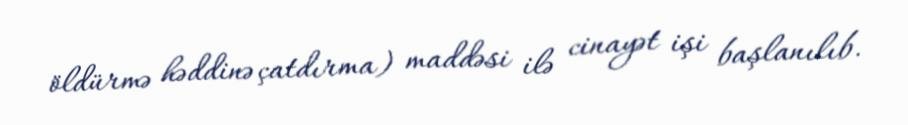
öldürmə həddinə çatdırma) maddəsi ilə cinayət işi başlanılıb.